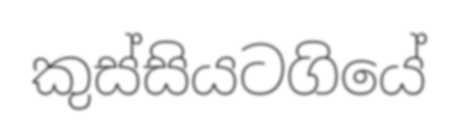
කුස්සියටගියේ